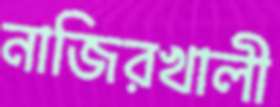
নাজিরখালী